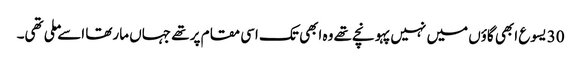
30 یسوع ابھی گاؤں میں نہیں پہونچے تھے وہ ابھی تک اسی مقام پر تھے جہاں مارتھا اسے ملی تھی۔